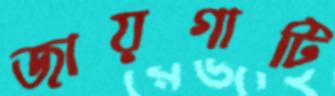
জায়গাটি